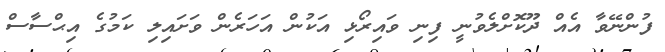
ފުންނޭވާ އެއް ދޫކޮށްލެވުނީ ފިނި ވައިރޯޅި އަކުން އަހަރެން ވަށައިލި ކަމުގެ އިޙްސާސް